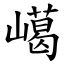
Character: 嶱